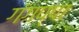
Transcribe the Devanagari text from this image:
गंगप्पा